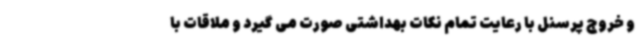
و خروج پرسنل با رعایت تمام نکات بهداشتی صورت می گیرد و ملاقات با